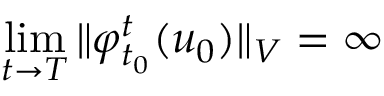
\operatorname* { l i m } _ { t \to T } \Vert \varphi _ { t _ { 0 } } ^ { t } ( u _ { 0 } ) \Vert _ { V } = \infty